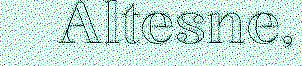
Altesne,